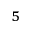
_ 5